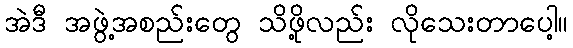
အဲဒီ အဖွဲ့အစည်းတွေ သိဖို့လည်း လိုသေးတာပေါ့။